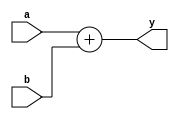
module test(input [31:0]  a, b,
            output [31:0] y);
assign y = a + b;
endmodule